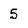
Character: 5